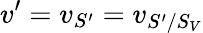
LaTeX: v^{\prime}=v_{S^{\prime}}=v_{S^{\prime}/S_{V}}